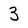
Character: 3